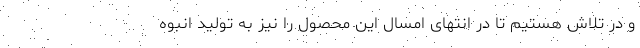
و در تلاش هستیم تا در انتهای امسال این محصول را نیز به تولید انبوه